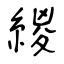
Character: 緵